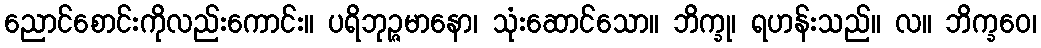
ညောင်စောင်းကိုလည်းကောင်း။ ပရိဘုဉ္ဇမာနော၊ သုံးဆောင်သော။ ဘိက္ခု၊ ရဟန်းသည်။ လ။ ဘိက္ခဝေ၊